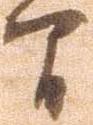
間